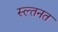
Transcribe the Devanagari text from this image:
स्ल्तनत